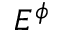
E ^ { \phi }